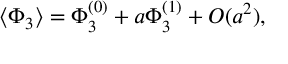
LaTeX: \langle \Phi _ { 3 } \rangle = \Phi _ { 3 } ^ { ( 0 ) } + a \Phi _ { 3 } ^ { ( 1 ) } + { \cal O } ( a ^ { 2 } ) ,